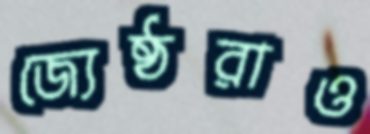
জ্যেষ্ঠরাও